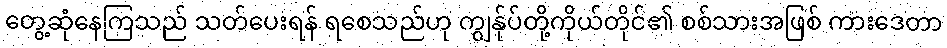
တွေ့ဆုံနေကြသည် သတ်ပေးရန် ရစေသည်ဟု ကျွန်ုပ်တို့ကိုယ်တိုင်၏ စစ်သားအဖြစ် ကားဒေတာ